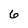
Character: 6